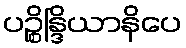
ပဉ္စိန္ဒြိယာနိပေ